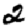
Digit: 2